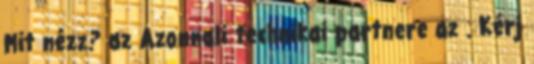
Mit nézz? az Azonnali technikai partnere az . Kérj